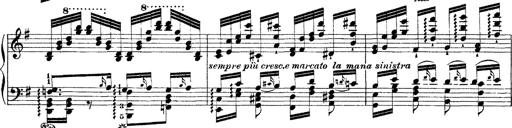
Title: Ã‰tudes d'exÃ©cution transcendante d'aprÃ¨s Paganini
Composer: Franz Liszt